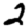
Digit: 2